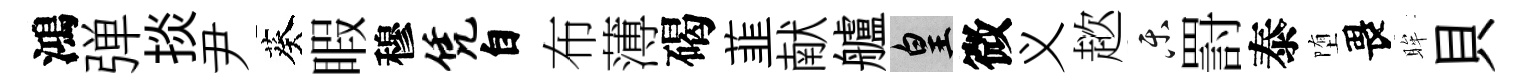
鴻弹掞尹葵睱穆凭自布薄碣韮献艫皇微义趑乐罸泰堕畏眸貝